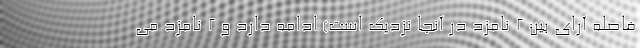
فاصله آرای بین 2 نامزد در آنجا نزدیک است) ادامه دارد و 2 نامزد می